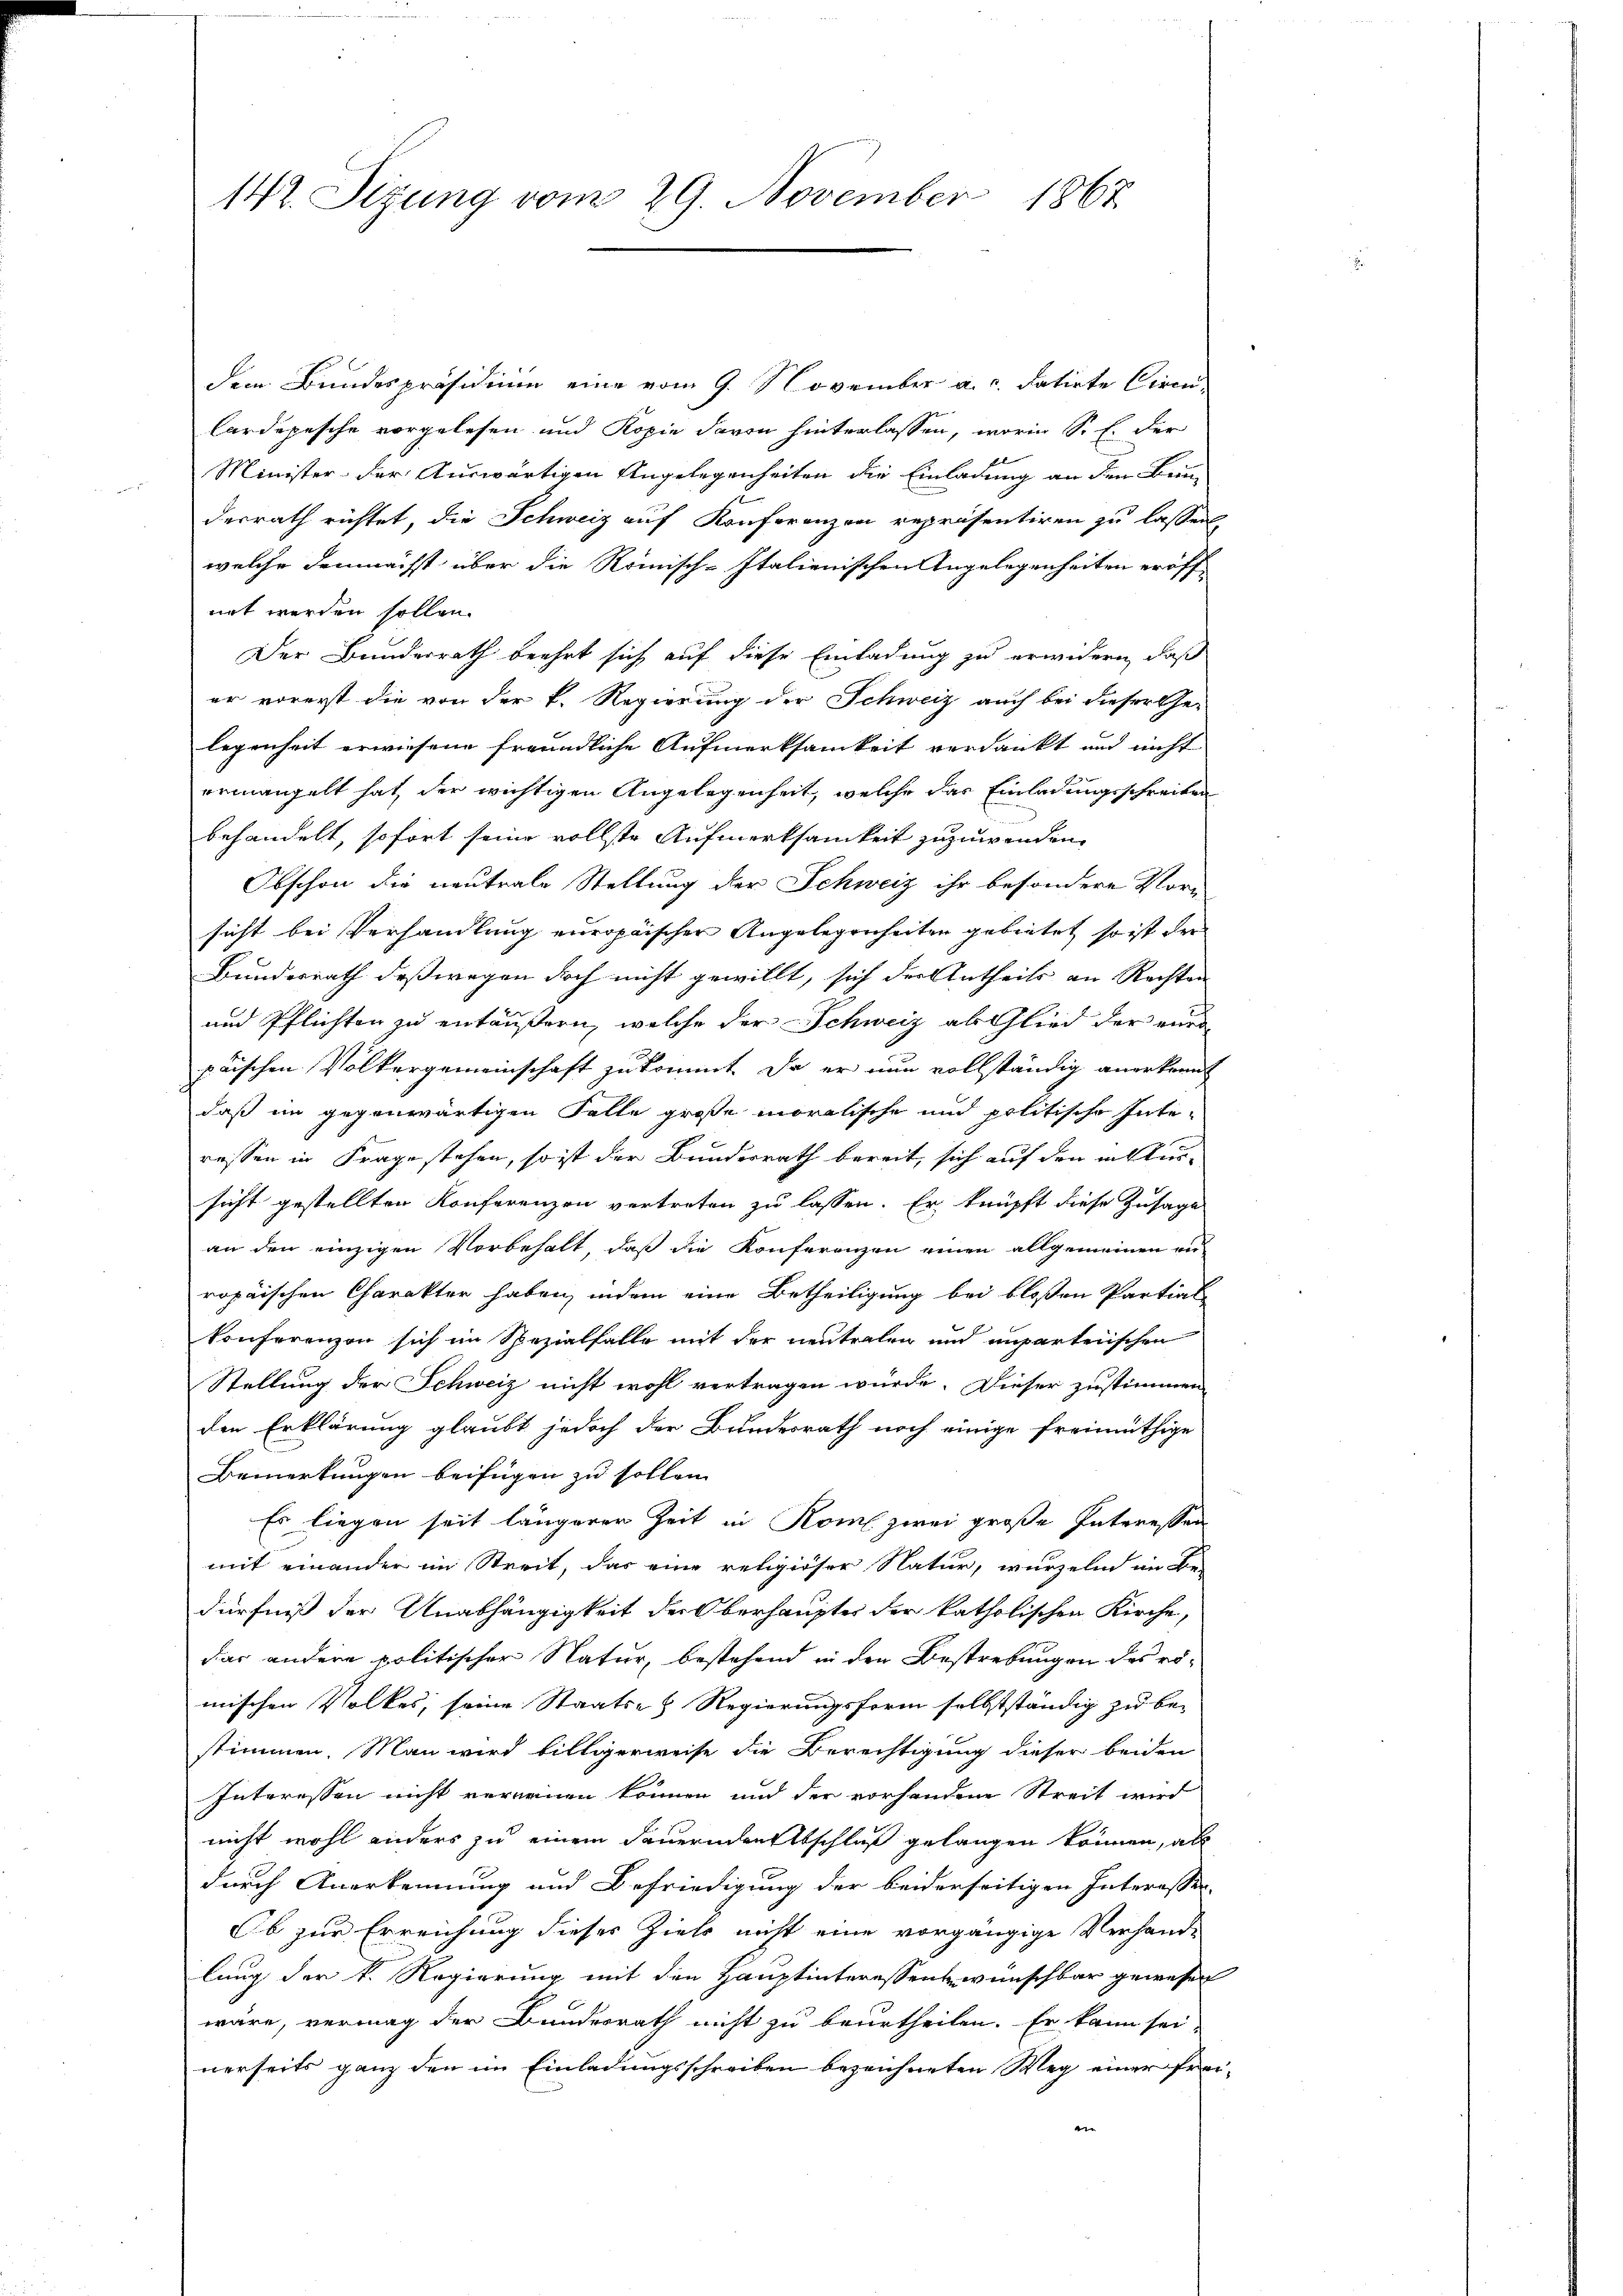
142. Sizung vom 29. November 1867

dem Bundespräsidium eine vom 9. November a. c. datirte Cirmi¬
Cardepesche vorgelesen und Kopie davon hinterlassen, worin Sr. E. der
Minister- der Auswärtigen Angelegenheiten die Einladung an den Bein
desrath richtet, die Schweiz auf Konferenzen repräsentiren zu lassen
welche demnächst über die Römisch-Italienischen Angelegenheiten eröff-
not werden sollen.
Der Bundesrath beehrt sich auf diese Einladung zu erwidern, daß
er vorerst die von der k. Regierung der Schweiz auch bei dieser Ge-
legenheit erwiesene freundliche Aufmerksamkeit verdankt und nicht
ermangelt hat, der wichtigen Angelegenheit, welche das Einladungsschreiben
behandelt, sofort seine vollste Aufmerksamkeit zuzuwenden.
Obschon die neutrale Stellung der Schweiz ihr besondere Vorn
sicht bei Verhandlung europäischen Angelegenheiten gebietet, so ist der
Bundesrath deßwegen doch nicht gewillt, sich der Antheils an Rechten
und Pflichten zu entäußern, welche der Schweiz als Glied der eine
prischen Völkergemeinschaft zukommt. Da er nun vollständig anerkennt
daß im gegenwärtigen Falle große moralische und politische Inte-
ressen in Frage stehen, so ist der Bunderrath bereit, sich auf den insbur¬
2
sicht gestellten Konferenzen vertreten zu lassen. Er knüpft diese Zusage
an den einzigen Vorbehalt, daß die Konferenzen einen allgemeinen ei
ropaischen Charakter haben, indem eine Betheiligung bei bloßen Partial-
konferenzen sich im Spezialfalle mit der neutralen und unparteiischen
Stellung der Schweiz nicht wohl vertragen würde. Dieser zustimmen
den Erklärung glaubt jedoch der Bundesrath noch einige freimüthige
Bemerkungen beifügen zu sollen.
Es liegen seit längerer Zeit in Rom zwei große Interessen
mit einander im Streit, das eine religiöser Natur, wurzeln im Be-
dürfniß der Unabhängigkeit der Oberhaupter der katholischen Kirche,
dar andere politischer Natur, bestehend in den Bestrebungen des rö-
mischen Volkes, seine Staats- & Regierungsform selbstständig zu be-
stimmen. Man wird billigerweise die Berechtigung dieser beiden
Interessen nicht verreinen können und der vorhandene Streit wird
nicht wohl anders zu einem dauernden Abschluß gelangen können, als
durch Anerkennung und Befriedigung der beiderseitigen Interesser-
Ob zur Erreichung dieses Ziele nicht eine vorgängige Verhand-
lung der k. Regierung mit den Hauptinteressen wünschbar gewesen
wäre, vermag der Bundesrath nicht zu beurtheilen. Er kann sei-
nerseits ganz den im Einladungsschreiben bezeichneten Weg einer frei-
i